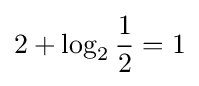
2+\log _{2}{\frac {1}{2}}=1